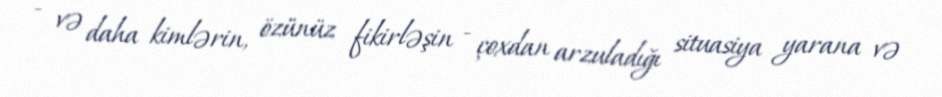
- və daha kimlərin, özünüz fikirləşin - çoxdan arzuladığı situasiya yarana və